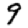
Digit: 9